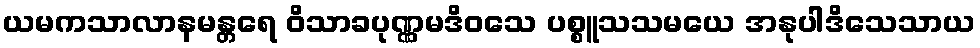
ယမကသာလာနမန္တရေ ဝိသာခပုဏ္ဏမဒိဝသေ ပစ္စူသသမယေ အနုပါဒိသေသာယ